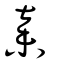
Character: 棄